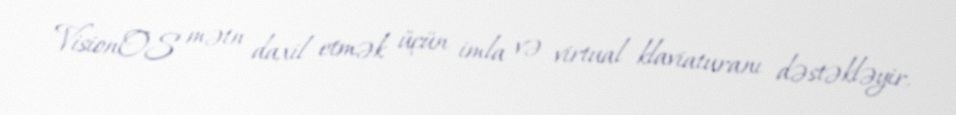
VisionOS mətn daxil etmək üçün imla və virtual klaviaturanı dəstəkləyir,